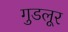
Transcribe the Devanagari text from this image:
गुडलूर